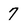
Character: 7